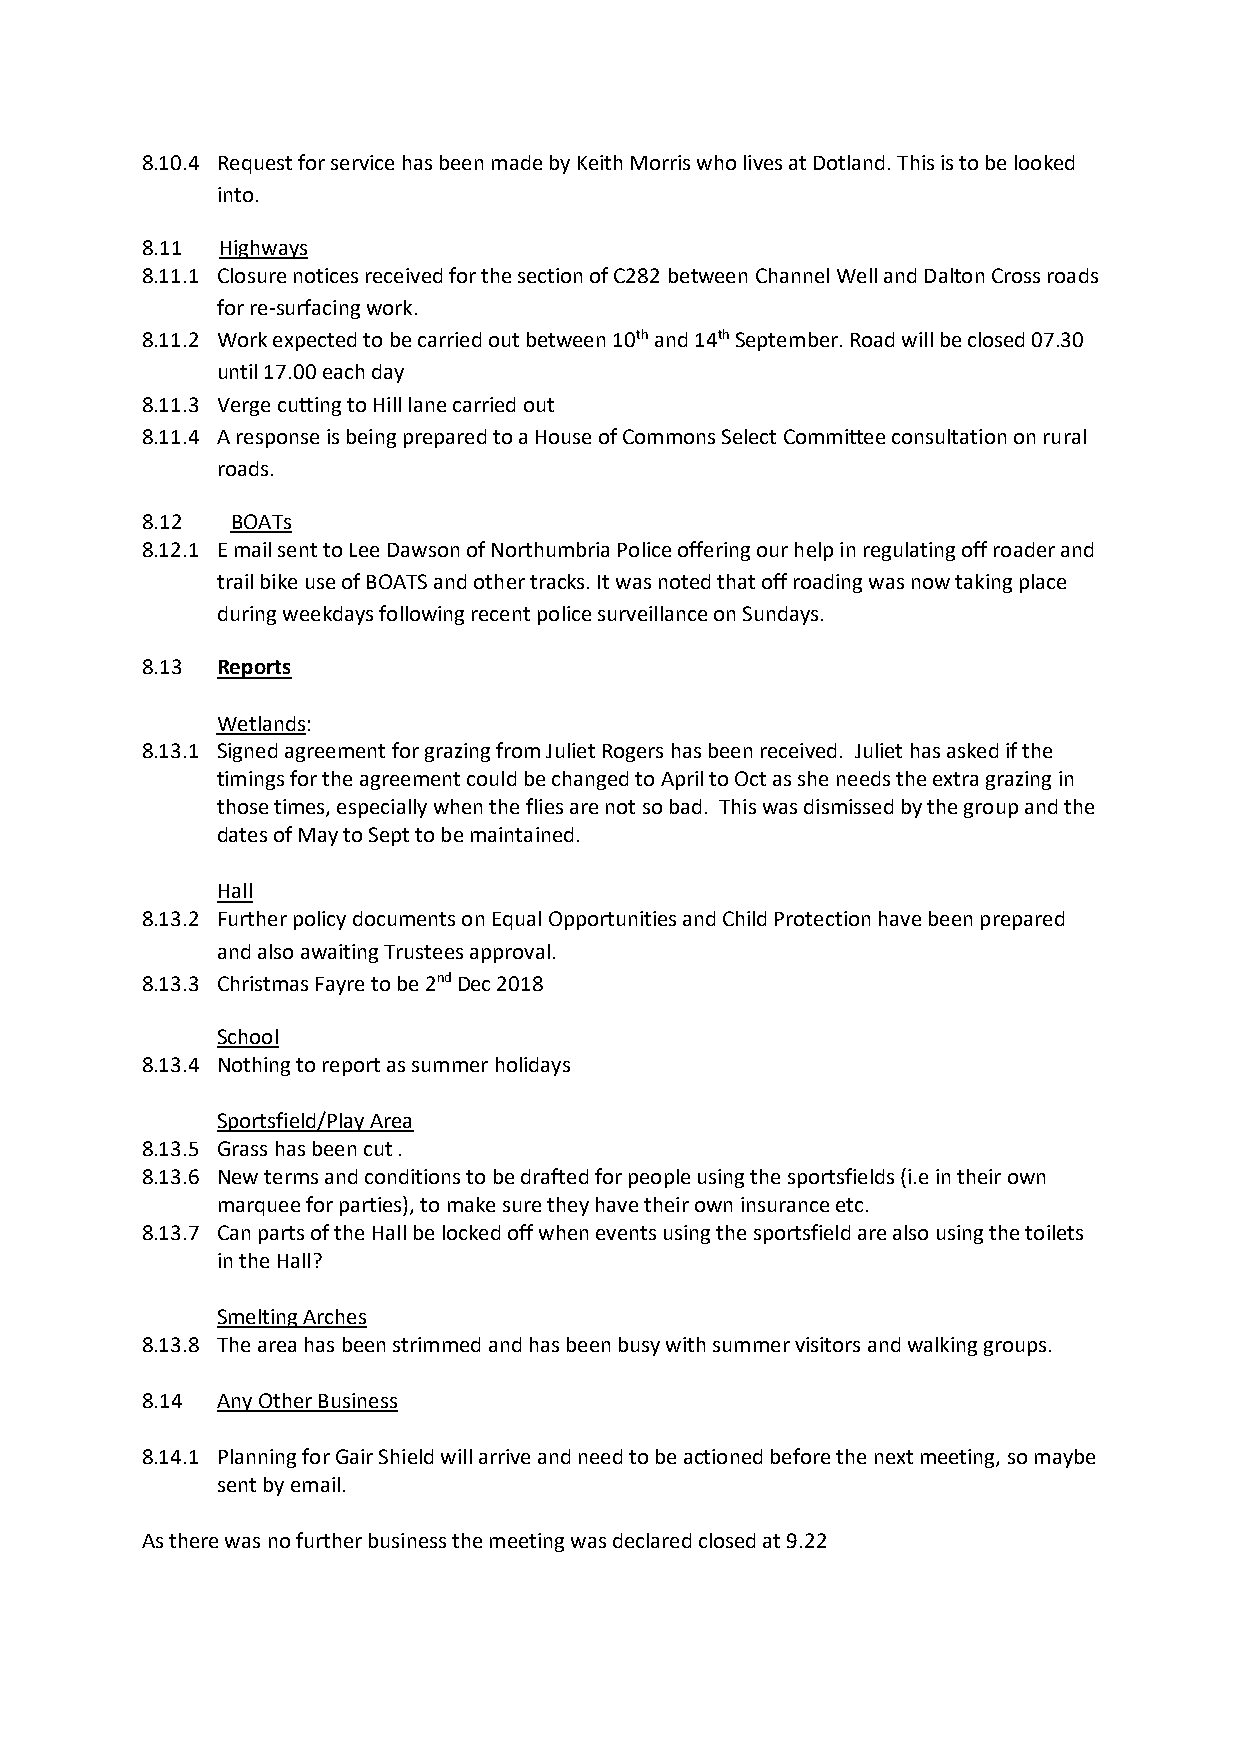
8.10.4 Request for service has been made by Keith Morris who lives at Dotland. This is to be looked
 into.
 8.11  Highways
 8.11.1 Closure notices received for the section of C282 between Channel Well and Dalton Cross roads
 for re-surfacing work.
 8.11.2 Work expected to be carried out between 10th and 14th September. Road will be closed 07.30
 until 17.00 each day
 8.11.3 Verge cutting to Hill lane carried out
 8.11.4 A response is being prepared to a House of Commons Select Committee consultation on rural
 roads.
 8.12  BOATs
 8.12.1 E mail sent to Lee Dawson of Northumbria Police offering our help in regulating off roader and
 trail bike use of BOATS and other tracks. It was noted that off roading was now taking place
 during weekdays following recent police surveillance on Sundays.
 8.13 Reports
 Wetlands:
 8.13.1 Signed agreement for grazing from Juliet Rogers has been received. Juliet has asked if the
 timings for the agreement could be changed to April to Oct as she needs the extra grazing in
 those times, especially when the flies are not so bad. This was dismissed by the group and the
 dates of May to Sept to be maintained.
 Hall
 8.13.2 Further policy documents on Equal Opportunities and Child Protection have been prepared
 and also awaiting Trustees approval.
 8.13.3 Christmas Fayre to be 2nd Dec 2018
 School
 8.13.4 Nothing to report as summer holidays
 Sportsfield/Play Area
 8.13.5 Grass has been cut .
 8.13.6 New terms and conditions to be drafted for people using the sportsfields (i.e in their own
 marquee for parties), to make sure they have their own insurance etc.
 8.13.7 Can parts of the Hall be locked off when events using the sportsfield are also using the toilets
 in the Hall?
 Smelting Arches
 8.13.8 The area has been strimmed and has been busy with summer visitors and walking groups.
 8.14 Any Other Business
 8.14.1 Planning for Gair Shield will arrive and need to be actioned before the next meeting, so maybe
 sent by email.
 As there was no further business the meeting was declared closed at 9.22